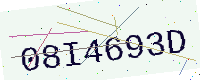
Text: 08I4693D